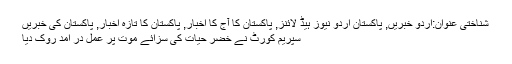
شناختی عنوان:اردو خبریں, پاکستان اردو نیوز ہیڈ لائنز, پاکستان کا آج کا اخبار, پاکستان کا تازہ اخبار, پاکستان کی خبریں
سپریم کورٹ نے خضر حیات کی سزائے موت پر عمل در آمد روک دیا